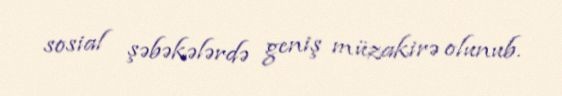
sosial şəbəkələrdə geniş müzakirə olunub.